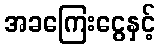
အခကြေးငွေနှင့်